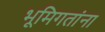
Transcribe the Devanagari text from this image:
भूमिगतांना